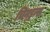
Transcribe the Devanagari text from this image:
चिन्ड्रन्स